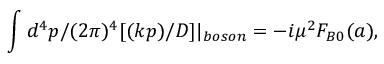
\int d ^ { 4 } p / ( 2 \pi ) ^ { 4 } [ ( k p ) / D ] | _ { b o s o n } = - i \mu ^ { 2 } F _ { B 0 } ( a ) ,